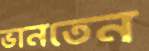
ভানতেন